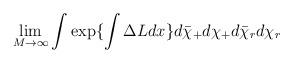
LaTeX: \begin{align*}\lim_{M \rightarrow \infty} \int \exp \{ \int \Delta L dx \}d \bar{\chi}_+ d \chi_+ d \bar{\chi}_rd \chi_r \end{align*}